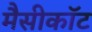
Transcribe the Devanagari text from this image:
मैसीकॉट